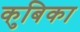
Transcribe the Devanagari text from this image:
कुबिका